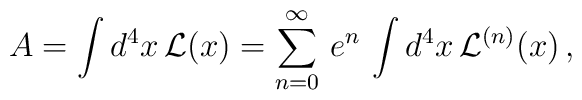
A = \int d^4x \, {\cal L}(x) = \sum_{n = 0}^{\infty}\, e^n \, \int d^4x \, {\cal L}^{(n)}(x) \,,